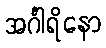
အင်္ဂါရိနော